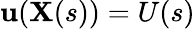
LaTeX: \mathbf{u}(\mathbf{{X}}(s))=U(s)